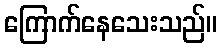
ကြောက်နေသေးသည်။